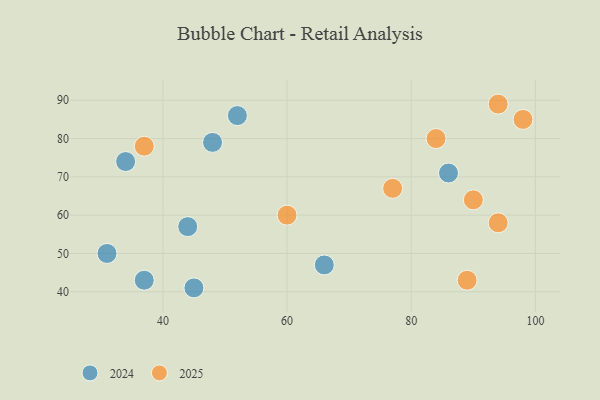
{"axis": {"x": "GDP", "y": "Life Expectancy"}, "legend": ["2024", "2025"], "data": [{"x": "52", "y": 86, "type": "2024"}, {"x": "34", "y": 74, "type": "2024"}, {"x": "66", "y": 47, "type": "2024"}, {"x": "48", "y": 79, "type": "2024"}, {"x": "86", "y": 71, "type": "2024"}, {"x": "31", "y": 50, "type": "2024"}, {"x": "45", "y": 41, "type": "2024"}, {"x": "44", "y": 57, "type": "2024"}, {"x": "37", "y": 43, "type": "2024"}, {"x": "94", "y": 58, "type": "2025"}, {"x": "37", "y": 78, "type": "2025"}, {"x": "77", "y": 67, "type": "2025"}, {"x": "90", "y": 64, "type": "2025"}, {"x": "84", "y": 80, "type": "2025"}, {"x": "89", "y": 43, "type": "2025"}, {"x": "60", "y": 60, "type": "2025"}, {"x": "94", "y": 89, "type": "2025"}, {"x": "98", "y": 85, "type": "2025"}]}